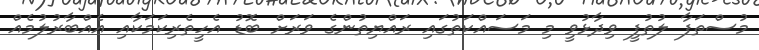
މުސްތަފާ ލުތުފީ ވިދާޅުވީ މި މަސައްކަތުގައި ރައްޔިތުންގެ ވަރަށް ބޮޑު އެހީތެރިކަމަކާއި އެއްބާރުލުމެއް